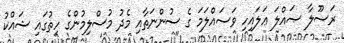
ރަސޫލާ ޞައްލަ ޢަލައިހި ވަސައްލަމަ ގެ ސުންނަތާއި މެދު މުސްލިމުންގެ ހިތުގައި ޝައްކު